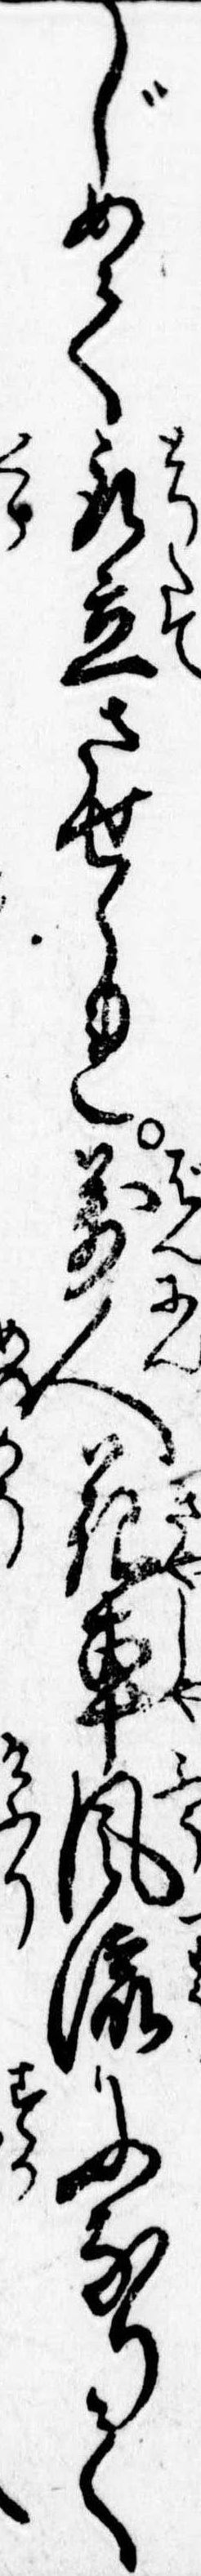
じめて取立させられ万人花車風流になりて